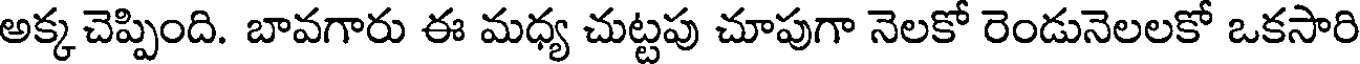
అక్క చెప్పింది. బావగారు ఈ మధ్య చుట్టపు చూపుగా నెలకో రెండునెలలకో ఒకసారి